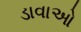
ડાવાઓ